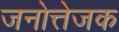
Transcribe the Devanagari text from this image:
जनोत्तेजक